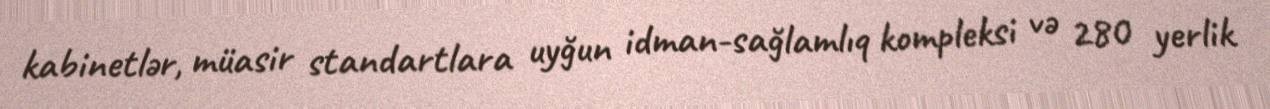
kabinetlər, müasir standartlara uyğun idman-sağlamlıq kompleksi və 280 yerlik